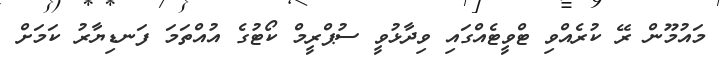
މައުމޫން ރޭ ކުރެއްވި ޓްވީޓެއްގައި ވިދާޅުވީ ސުޕްރީމް ކޯޓުގެ އުއްތަމަ ފަނޑިޔާރު ކަމަށް